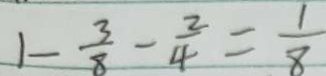
1 - \frac { 3 } { 8 } - \frac { 2 } { 4 } = \frac { 1 } { 8 }